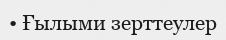
• Ғылыми зерттеулер